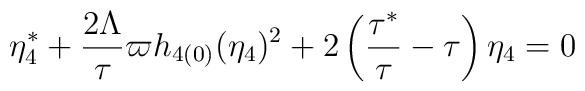
\eta _{4}^{\ast }+\frac{2\Lambda }{\tau }\varpi h_{4(0)}(\eta_{4})^{2}+2\left( \frac{\tau ^{\ast }}{\tau }-\tau \right) \eta _{4}=0